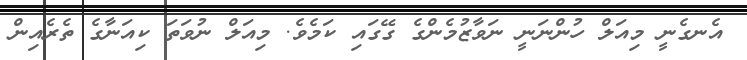
އެނގެނީ މިއަލް ހުންނަނީ ނަވާޒުމެންގެ ގޭގައި ކަމެވެ. މިއަލް ނުވަތަ ކިއަނާގެ ތެރެއިން